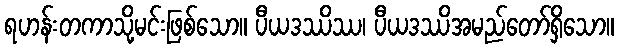
ရဟန်းတကာသို့မင်းဖြစ်သော။ ပီယဒဿိဿ၊ ပီယဒဿိအမည်တော်ရှိသော။